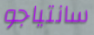
سانتياجو